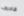
قادرون